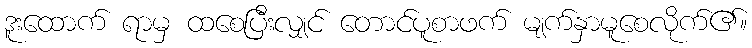
ဒူးထောက် ရာမှ ထစေပြီးလျှင် တောင်ပူစာဖက် မျက်နှာမူစေလိုက်၏။